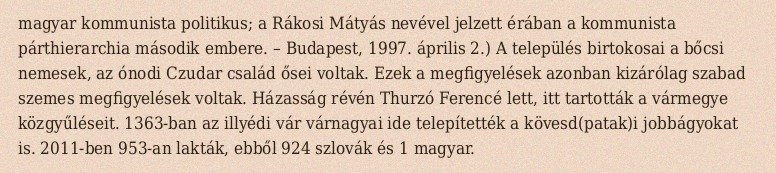
magyar kommunista politikus; a Rákosi Mátyás nevével jelzett érában a kommunista párthierarchia második embere. – Budapest, 1997. április 2.) A település birtokosai a bőcsi nemesek, az ónodi Czudar család ősei voltak. Ezek a megfigyelések azonban kizárólag szabad szemes megfigyelések voltak. Házasság révén Thurzó Ferencé lett, itt tartották a vármegye közgyűléseit. 1363-ban az illyédi vár várnagyai ide telepítették a kövesd(patak)i jobbágyokat is. 2011-ben 953-an lakták, ebből 924 szlovák és 1 magyar.